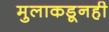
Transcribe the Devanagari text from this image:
मुलाकडूनही